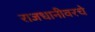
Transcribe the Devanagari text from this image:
राजधानीवरचे